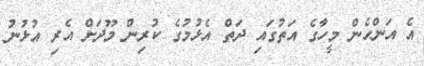
އެ އަންހެން މީހާގެ އަތުގައި ދަތް އެޅުމުގެ ކުރިން މޫދަށް އެރި އުޅުނު